Report on sanitation, dispensaries, and jails in Rajputana for 1920, and on vaccination for the year 1920-1921 - 1920-1921
Year: 1920
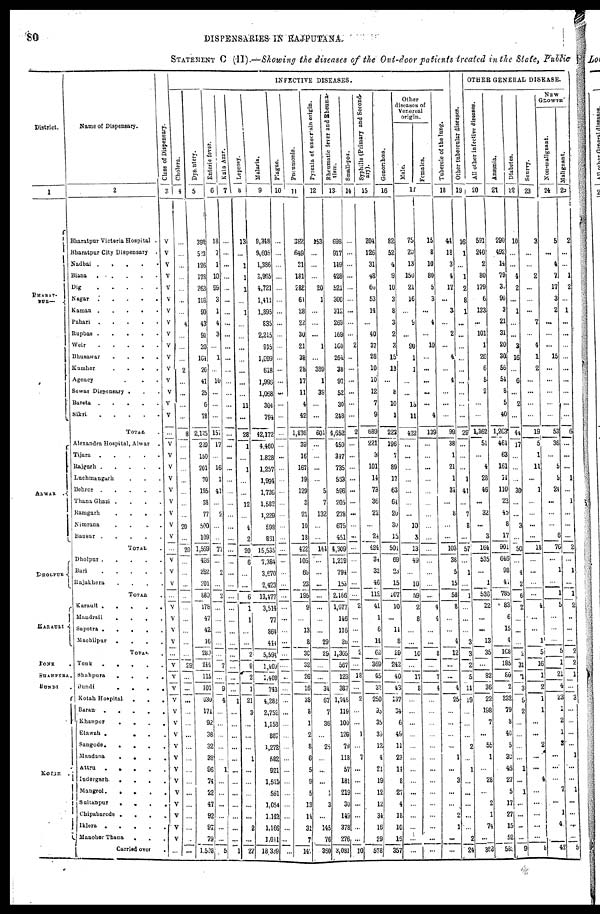
80
DISPENSARIES IN RAJPUTANA.
STATEMENT C (II).—Showing the diseases of the Out-door patients treated in the State, Public
District.
1
BHARAT-
PUR
ALWAR.
DHOLPUR
KARAULI
TONK.
SHAHPURA
BUNDI.
KOTAH.
Name of Dispensary.
2
Bharatpur Victoria Hospital .
Bharatpur City Dispensary .
Nadbai
.....
Biana
.....
Dig
.....
Nagar
.....
Kaman
.....
Pahari
.....
Rupbas
......
Weir.....
Bhusawar .....
Kumher
.
.
.
.
Agency ...
Sewar Dispensary ...
Bareta
.....
Sikri
.....
TOTAL .
Alexandra Hospital, Alvar.
Tijara
.....
Rajgarh
.....
Luchmangarh ...
Behror
.....
Thana Ghazi
....
Kamgarh
....
Nimrana
....
Bausur
.....
TOTAL.
Dholpur.....
Bari
.....
Rajakhera
.
.
.
.
TOTAL .
Karaull
.
.
.
.
.
Mandrail
.
.
.
.
Sapotra
....
Machilpur
.
.
.
.
TOTAL.
Tonk
.....
Shahpura
.
.
.
.
Bundi
.
.
.
.
Kotah Hospital
. . .
Baran
.
.
.
.
Khanpur
. . .
Etawah
....
Sangode.....
Mandana .....
Attru
.....
Indergarh.
.
.
.
.
Mangrol
.....
Sultanpur
....
Chipabarode
....
Iklera
.....
Manoher Thana ...
Carried over .
INFECTIVE DISEASES.
Class of Dispensary.
3
V
V
V
V
V
V
V
V
V
V
V
V
V
V
V
V
...
V
V
V
V
V
V
V
V
V
...
V
V
V
...
V
V
V
V
...
V
V
V
V
V
V
V
V
V
V
V
V
V
V
V
V
...
Cholera.
4
...
...
...
...
...
...
...
4
...
...
...
2
...
...
...
...
6
...
...
...
...
...
...
...
20
...
20
...
...
...
...
...
...
...
...
...
29
...
...
...
...
...
...
...
...
...
...
...
...
...
...
...
...
Dysentery.
5
392
503
126
178
263
108
90
43
91
20
164
26
41
25
6
78
2,125
239
150
201
70
195
38
77
500
109
1,569
426
262
201
889
178
47
42
16
283
244
115
101
630
171
92
38
32
38
96
74
22
47
92
97
79
1,508
Enteric fever.
6
18
7
1
10
99
3
1
4
3
...
1
...
10
...
...
...
157
17
...
16
1
41
...
2
...
...
77
...
2
...
2
...
...
...
...
...
7
...
9
4
...
...
...
...
...
1
...
...
...
...
...
...
5
Kala Azar.
7
...
...
...
...
...
...
...
...
...
...
...
...
...
...
...
...
...
...
...
...
...
...
...
...
...
...
...
...
...
...
...
...
...
...
...
...
...
...
...
1
...
...
...
...
...
...
...
...
...
...
...
...
1
Leprosy.
8
13
...
1
1
1
...
1
...
...
...
...
...
...
...
11
...
28
1
...
1
...
...
12
...
4
2
20
6
...
...
6
1
1
...
...
2
9
2
1
21
3
...
...
...
1
...
...
...
...
...
2
...
27
Malaria.
9
9,348
9,605
1,386
3,965
4,721
1,411
1,895
835
2,215
915
1,099
618
1,996
1,058
301
794
42,172
4,460
1,828
1,257
1,994
1,726
1,582
1,229
598
881
15,535
7,384
3,670
2,423
13,477
3,514
77
864
444
5,591
1,409
1,409
743
4,282
2,752
1,158
887
1,272
582
921
1,521
591
1,054
1,142
1,166
1,011
18 339
Plague.
10
...
...
...
...
...
...
...
...
...
...
...
...
...
...
...
...
...
...
...
...
...
...
...
...
...
...
...
...
...
...
...
...
...
...
...
...
...
..
...
...
...
...
...
...
...
...
...
...
...
...
...
...
...
Pneumonia.
11
387
649
31
181
288
61
28
22
30
21
38
28
17
11
4
42
1,836
39
16
167
19
129
3
21
10
18
422
106
66
23
195
9
...
13
8
30
32
26
16
38
8
1
2
8
6
5
9
5
13
14
31
7
141
Pyrexia of uncertain origin.
12
153
...
...
...
20
1
...
...
...
1
...
389
1
39
...
...
604
...
...
...
...
5
7
132
...
...
144
...
...
...
...
...
...
...
29
29
...
...
34
67
7
36
...
25
...
...
...
1
3
...
145
76
360
Rheumatic fever and Rheuma-
tism.
13
698
917
149
428
521
300
312
269
169
160
264
38
97
52
30
248
4,652
459
347
735
583
596
205
278
675
451
4,309
1,219
794
153
2,166
1,077
146
116
26
1,365
567
123
387
1,246
119
100
129
79
118
57
181
219
30
149
378
276
3,081
Small-pox.
14
...
...
...
...
...
...
...
...
...
2
..
...
...
...
...
...
2
...
...
...
...
...
...
...
...
...
...
...
...
...
...
2
...
...
...
2
...
18
...
2
...
...
1
...
7
...
...
...
...
...
...
...
10
Syphilis (Primary and Second-
ary
).
15
204
126
31
48
60
53
14
...
40
37
28
10
10
12
7
9
689
221
3
101
14
73
36
22
...
24
494
34
32
46
112
41
1
6
14
62
369
45
32
250
95
35
39
12
4
21
19
12
12
34
16
29
578
Gonorrhœa
16
82
52
4
9
10
3
8
3
2
3
15
13
...
8
10
1
223
196
7
89
17
63
64
20
30
15
501
69
23
15
107
10
...
11
8
29
242
40
43
137
34
6
49
11
23
14
8
27
4
18
10
18
357
Other
diseases of
Venereal
origin.
Male.
Females.
17
75
20
13
150
21
16
...
9
...
90
1
1
...
...
15
11
422
...
...
...
...
...
...
...
10
3
13
49
...
10
59
2
8
...
...
10
...
17
8
...
...
...
...
...
...
...
...
...
...
...
... ...
...
15
8
10
80
5
3
...
4
...
10
...
...
...
...
...
4
139
...
...
...
...
...
...
...
...
...
...
...
...
...
...
4
4
...
...
8
...
7
4
...
...
...
...
...
...
...
...
...
...
...
...
...
...
Tubercle of the lung.
18
44
18
3
4
17
...
3
...
2
...
4
...
4
...
...
...
99
38
1
21
1
34
...
8
...
...
103
38
5
15
58
8
...
...
4
12
...
...
4
25
...
...
...
...
1
...
3
...
...
2
1
...
...
OTHER GENERAL DISEASE.
Other tubercular diseases.
19
16
1
...
1
2
8
1
...
...
...
...
...
...
...
...
...
29
...
...
...
1
41
...
7
8
...
57
...
1
...
1
...
...
...
3
3
2
5
11
19
...
...
...
2
...
1
...
...
...
...
...
2
24
All other infective diseases.
20
591
240
2
80
179
6
123
...
101
1
26
6
5
2
...
...
1,362
51
...
4
28
46
...
32
...
3
164
535
...
1
536
22
...
...
13
35
...
82
36
22
198
7
...
55
1
...
28
...
2
1
74
...
388
Anæmia.
21
290
492
14
79
30
90
3
21
31
20
30
56
54
8
5
40
1,263
461
63
161
14
110
22
45
8
17
901
646
98
41
785
83
6
15
4
168
185
80
2
232
79
8
40
5
30
46
27
5
17
27
15
52
583
Diabetes.
22
10
...
...
4
2
...
1
...
...
3
16
...
6
...
2
...
44
17
...
...
...
30
...
...
3
...
50
...
4
2
6
2
...
...
...
2
31
1
3
5
2
...
...
...
...
1
...
1
...
...
...
...
9
Scurvy.
23
3
...
...
2
...
...
...
7
...
4
1
2
...
...
...
...
19
5
1
11
...
1
...
...
...
...
18
...
...
...
...
4
...
...
1
5
16
1
2
1
1
...
...
2
...
...
4
...
...
...
...
...
8
NEW
GROWTH
Non-malignant.
24
5
...
4
7
17
3
2
...
...
...
15
...
...
...
...
53
36
...
5
5
24
...
...
...
6
76
...
1
...
1
5
...
...
...
5
1
21
4
23
1
2
1
3
...
...
...
7
...
1
4
...
42
Malignant.
25
2
...
...
1
2
...
1
...
...
...
...
...
...
...
...
...
6
...
...
...
1
...
1
...
...
...
2
...
1
...
1
2
..
...
...
2
2
1
...
3
...
...
...
...
1
...
...
1
...
...
...
...
5